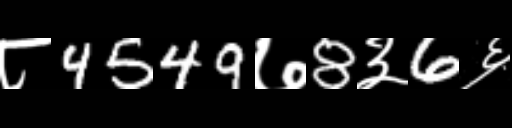
Text: ८4549७8३6६